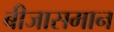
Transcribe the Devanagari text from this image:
बीजासमान